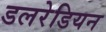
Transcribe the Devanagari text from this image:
डलरेडियन